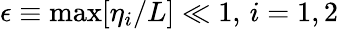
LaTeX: \epsilon\equiv\operatorname*{max}[\eta_{i}/L]\ll 1,\, i=1,2